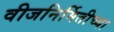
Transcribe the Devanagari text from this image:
वीजनिर्मितीच्या